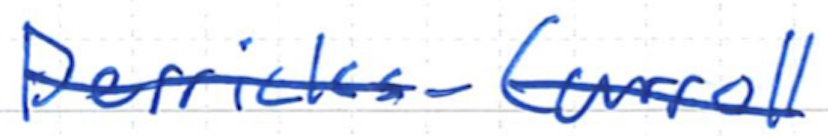
Text: Derricks-Carroll
Cross-out: single-line
Writing tool: ballpoint